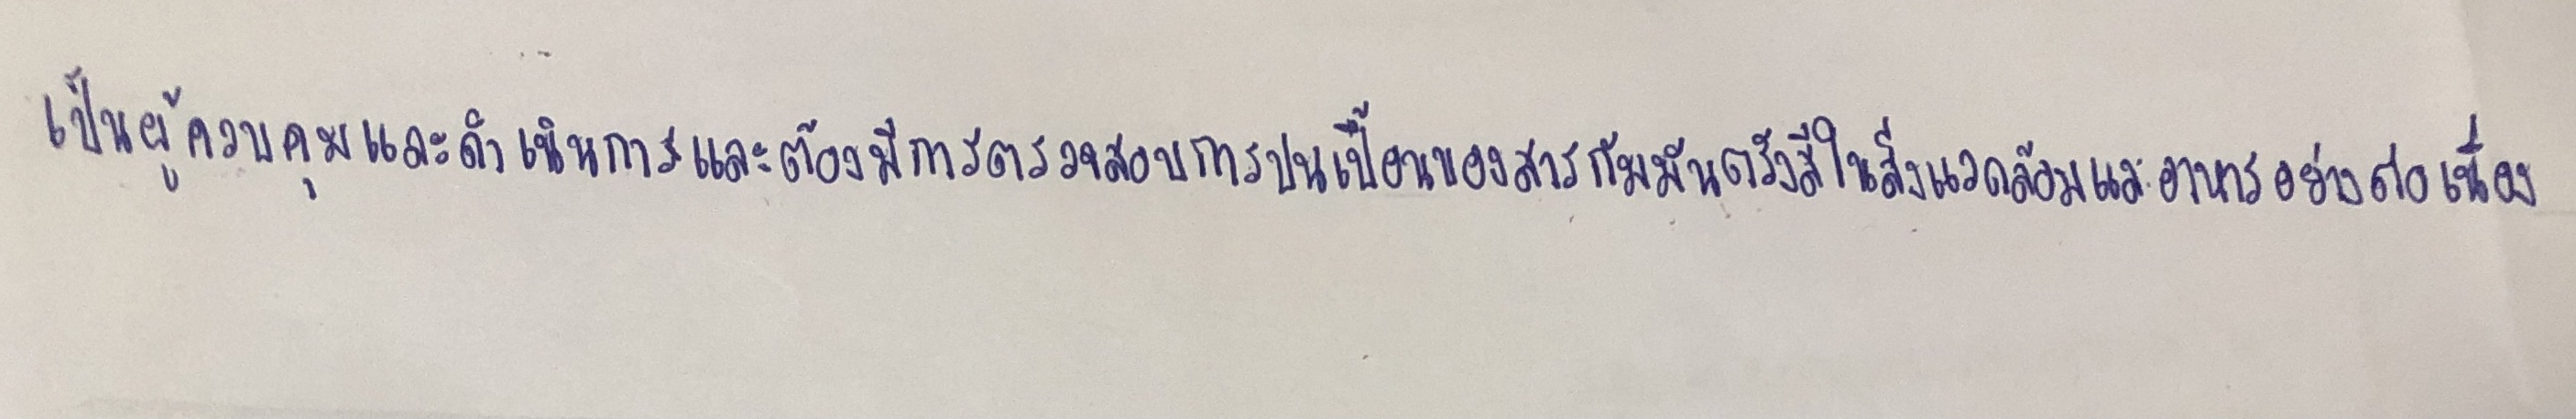
เป็นผู้ควบคุมและดำเนินการและต้องมีการตรวจสอบการปนเปื้อนของสารกัมมันตรังสีในสิ่งแวดล้อมและในอาหารอย่างต่อเนื่อง